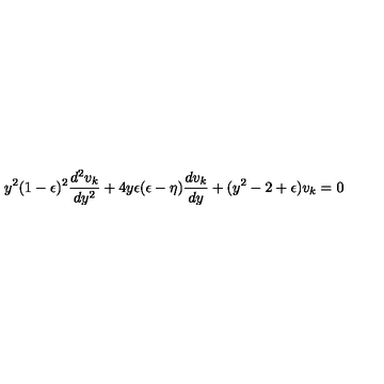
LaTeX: y ^ { 2 } ( 1 - \epsilon ) ^ { 2 } \frac { d ^ { 2 } v _ { k } } { d y ^ { 2 } } + 4 y \epsilon ( \epsilon - \eta ) \frac { d v _ { k } } { d y } + ( y ^ { 2 } - 2 + \epsilon ) v _ { k } = 0